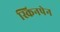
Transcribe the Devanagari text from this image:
स्किनपेन